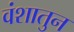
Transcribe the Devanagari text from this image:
वंशातुन